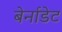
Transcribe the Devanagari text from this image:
बेर्नाडेट